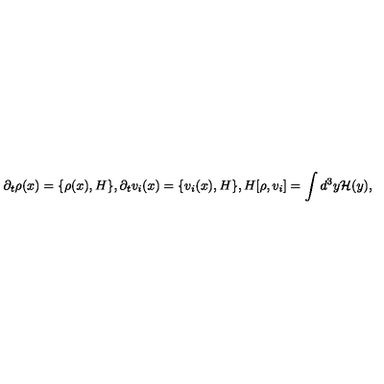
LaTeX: \partial _ { t } \rho ( x ) = \{ \rho ( x ) , H \} , \partial _ { t } v _ { i } ( x ) = \{ v _ { i } ( x ) , H \} , H [ \rho , v _ { i } ] = \int d ^ { 3 } y { \cal H } ( y ) ,